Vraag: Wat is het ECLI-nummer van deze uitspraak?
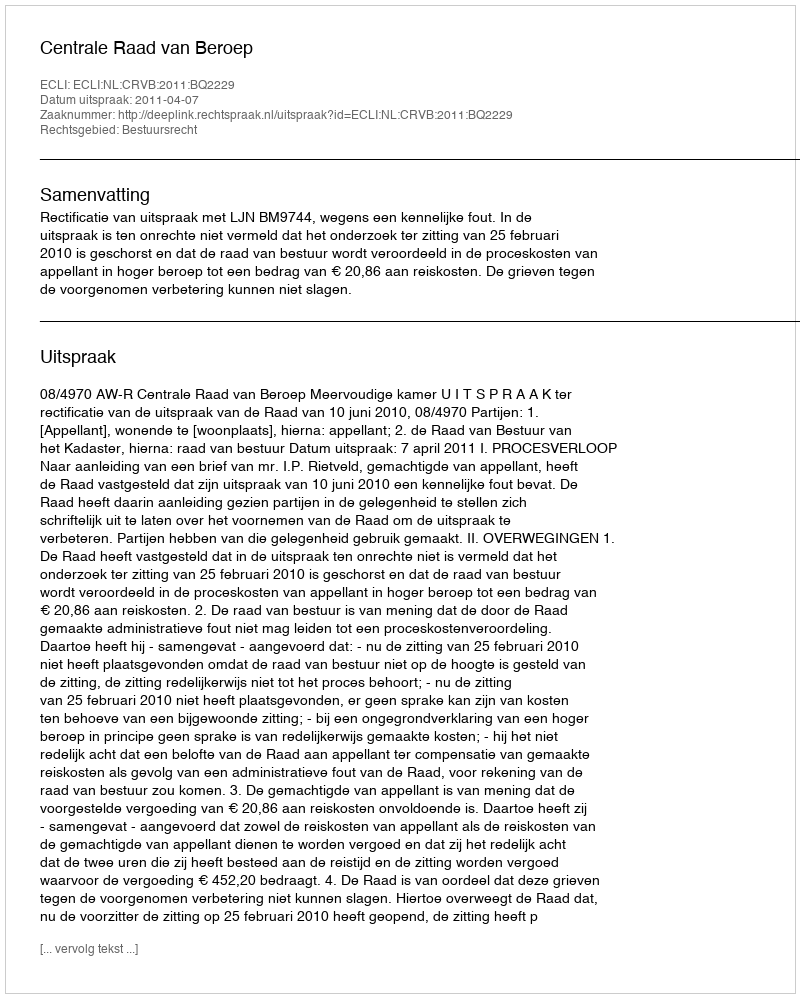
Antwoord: ECLI:NL:CRVB:2011:BQ2229